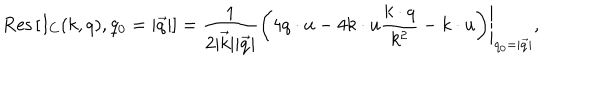
\mathrm { R e s } \left[ I _ { C } ( k , q ) , q _ { 0 } = | \vec { q } | \right] = \frac { 1 } { 2 | \vec { k } | | \vec { q } | } \left. \left( 4 q \cdot u - 4 k \cdot u \frac { k \cdot q } { k ^ { 2 } } - k \cdot u \right) \right| _ { q _ { 0 } = | \vec { q } | } ,